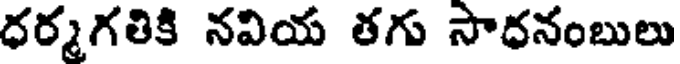
ధర్మగతికి నవియ తగు సాధనంబులు